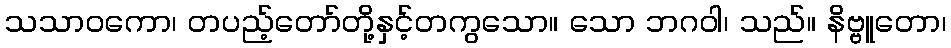
သသာဝကော၊ တပည့်တော်တို့နှင့်တကွသော။ သော ဘဂဝါ၊ သည်။ နိဗ္ဗူတော၊